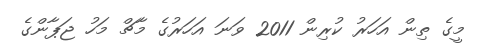
މީގެ ތިން އަހަރު ކުރިން 2011 ވަނަ އަހަރުގެ މާޗް މަހު ޖަޕާންގެ